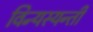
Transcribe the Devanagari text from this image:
विन्यस्यन्ती